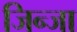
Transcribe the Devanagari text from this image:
जिन्जा